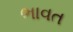
ભાવત